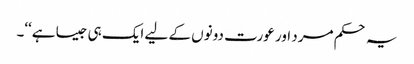
یہ حکم مرد اور عورت دونوں کے لیے ایک ہی جیسا ہے‘‘۔